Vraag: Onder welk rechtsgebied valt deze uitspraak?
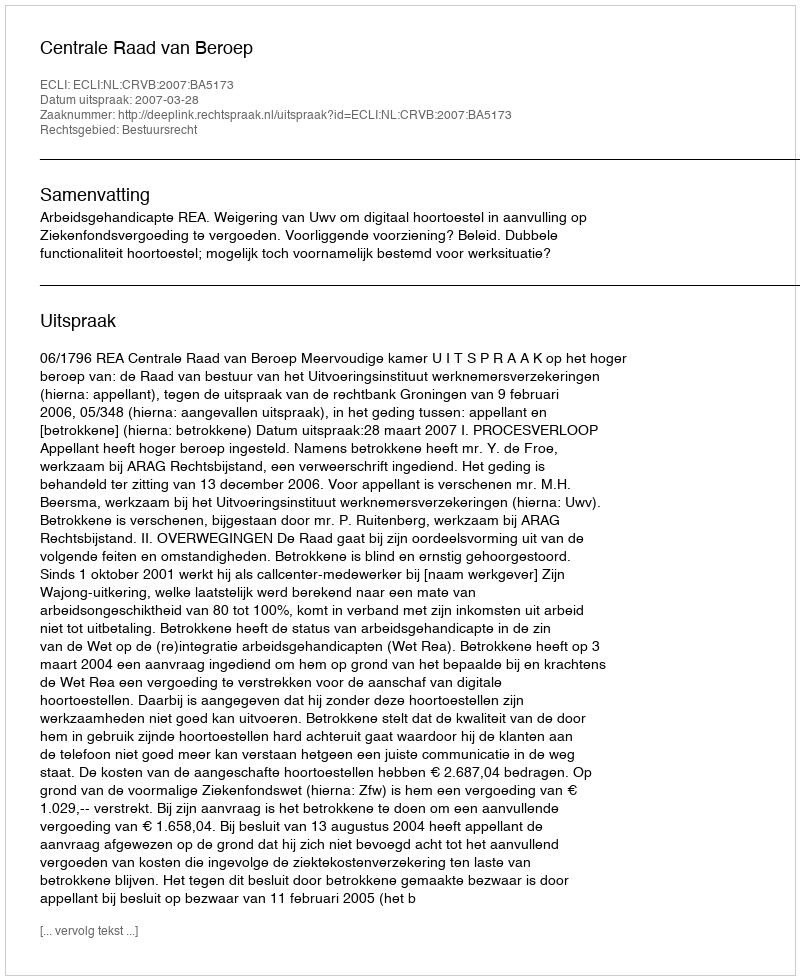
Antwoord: Bestuursrecht